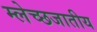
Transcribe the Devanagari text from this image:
म्लेच्छजातीय